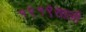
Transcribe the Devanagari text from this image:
१९१९साली